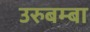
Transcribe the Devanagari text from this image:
उरुबम्बा